Civil Veterinary Dept. North-West Frontier Province 1923-32 - 1923-1932
Year: 1923
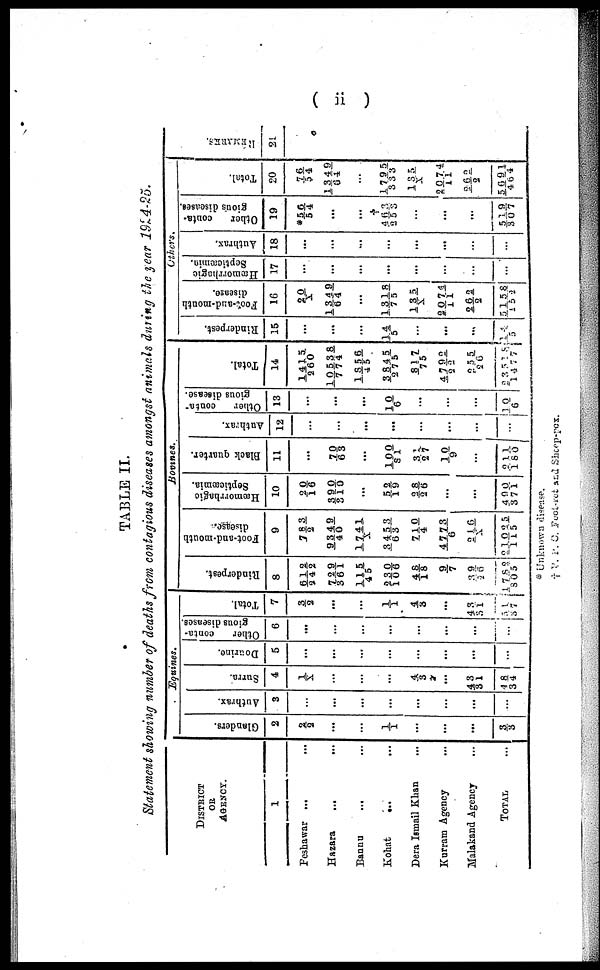
( ii )
TABLE II.
Statement showing number of deaths from contagious diseases amongst animals during the year 1924-25.
DISTRICT
OR
AGENCY.
1
Peshawar ...
...
Hazara ... ...
Bannu
... ... ...
Kohat
... ...
Dera Ismail Khan ...
Kurram Agency ...
Malakand Agency ...
TOTAL ...
Equines.
Glanders.
2
2/2
...
...
1/1
...
...
...
3/3
Authrax.
3
...
...
...
...
...
...
...
...
Surra.
4
1/X
...
...
...
4/ 3
...
43/31
48/34
Dourine.
5
...
...
...
...
...
...
...
...
Other
conta-
gious diseases.
6
...
...
...
...
...
...
...
...
Total.
7
3/2
...
...
1/ 1
4/ 3
...
43/31
51/37
Bovines.
Rinderpest.
8
612/242
729/361
115/45
230/106
48/18
9/ 7
39/26
1782/805
Foot-and-mouth
disease..
9
783/2
9349/40
1741/X
3453/63
710/4
4773/6
216/X
21025/115
Hæmorrhagic
Septicæmia.
10
20/ 16
390/310
...
52/19
28/26
...
...
490/371
Black quarter.
11
...
70/63
...
100/81
31/27
10/9
...
211/180
Authrax.
12
...
...
...
...
...
...
...
...
Other
conta-
gious disease.
13
...
...
...
10/6
...
...
...
10/6
Total.
14
1415/260
10538/774
1856/45
3845/275
817/75
4792/22
255/26
23518/1477
Others.
Rinderpest.
15
...
...
...
14/5
...
...
...
14/5
F oot-and-mouth
disease.
16
20/X
1349/64
...
1318/75
135/X
2074/11
262/2
5158/152
Hæmorrhagic
Septicæmin.
17
...
...
...
...
...
...
...
...
Authrax.
18
...
...
...
...
...
...
...
...
Other
conta-
gious diseases.
19
*56/54
...
...
462/253
...
...
...
519/307
Total.
20
76/54
1349/64
...
1795/333
135/X
2074/11
262/2
5691/464
REMARKS.
21
* Unknown disease.
† P. P. C. Foot-ret and Sheep-pox